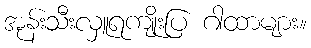
အုန်းသီးလှူရကျိုးပြ ဂါထာများ။